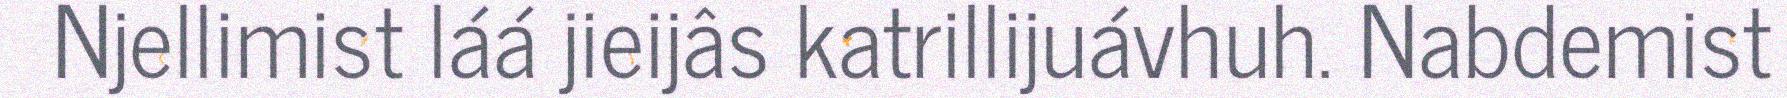
Njellimist láá jieijâs katrillijuávhuh. Nabdemist